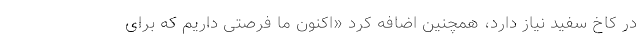
در کاخ سفید نیاز دارد، همچنین اضافه کرد «اکنون ما فرصتی داریم که برای